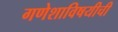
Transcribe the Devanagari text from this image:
गणेशाविषयीची